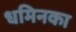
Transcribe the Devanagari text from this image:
धमिनका